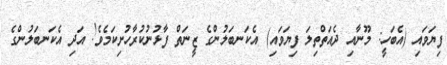
ފިޔަވައި (އެބަހީ: މޫނާއި ދެއަތްތިލަ ފިޔަވައި) އެކަނބަލުންގެ ޒީނަތް ފާޅުނުކުރާހުށިކަމެވެ! އަދި އެކަނބަލުންގެ